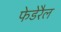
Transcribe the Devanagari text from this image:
फेडेरैल